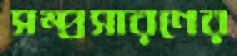
সম্প্রসারণের